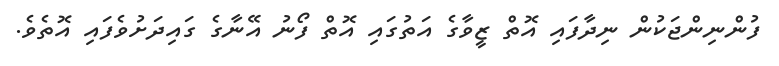
ފުންނިންޖަކުން ނިދާފައި އޮތް ޒީވާގެ އަތުގައި އޮތް ފޯނު އޭނާގެ ގައިދަށުވެފައި އޮތެވެ.